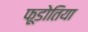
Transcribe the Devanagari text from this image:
फूडोतिया